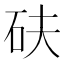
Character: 砆